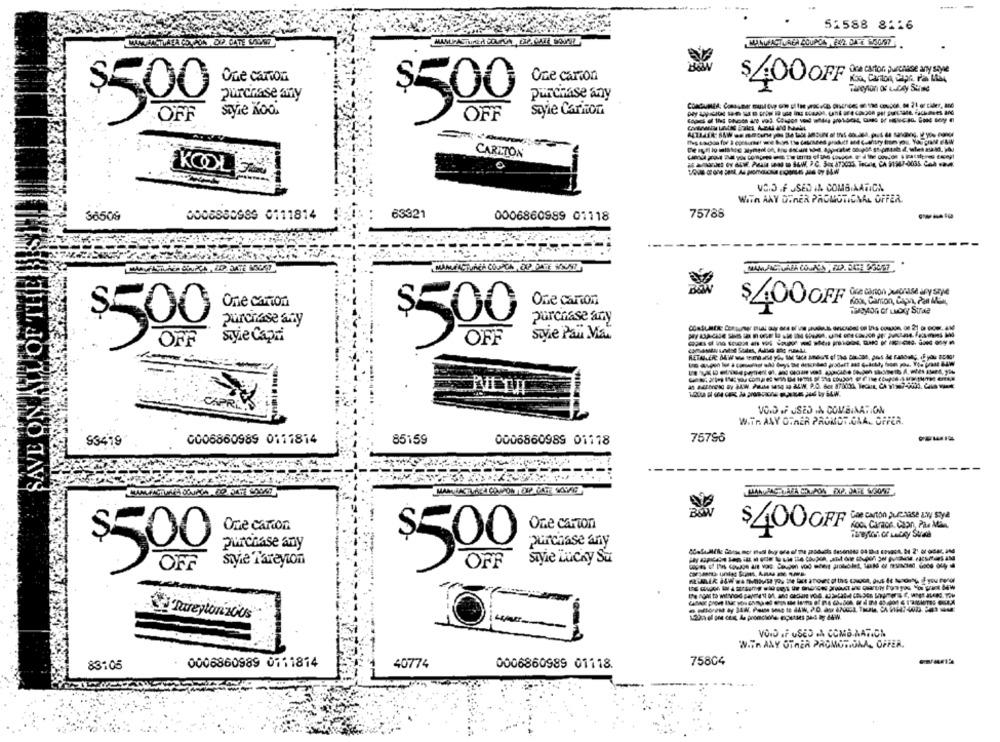
51588 8116
Dce carton purchase any style
One canon
One carion
$400OFF
Fancyion of Lucky Stine
Purchase any
purchase any
$500
siyle Kod
Siyie Carton
.OFF
OFF
-
CARLTON
KOOL
VC.D .F USED IN COMB.AATICA
WITH ANY OTHER PROMOTIONAL OFFER.
0008880989 0111814
63321
75788
---
36506
0006860989 01118
One cation
One carton
Koo, Camion, Capa, Pan Adol,
$400 OFF
purchase any
$500
purchase any
siyie Capri
$500
sie Pair Max
OFF
VOID IF USED .A COMBINATION
WITH ANY OTHER PROMOT.CAA. OFFER.
75796
83419
0006860989 0117814
85159
0006860989 01178
Cae carton purchase zwy soya
One cancon
One CarTon
Kook Carros. Caon, Pas Man
$400 OF
purchase any
purchase any
$500
$500
siyle Tareyion
Siyle Lucky Su
OFF
OFF
VOND IF USED .A COMB.AATICH
IM.TR ANY OTHER PROMOTIONA, OFFER.
75804
83105
0006860989 0111814
40774
0006860989 01118.